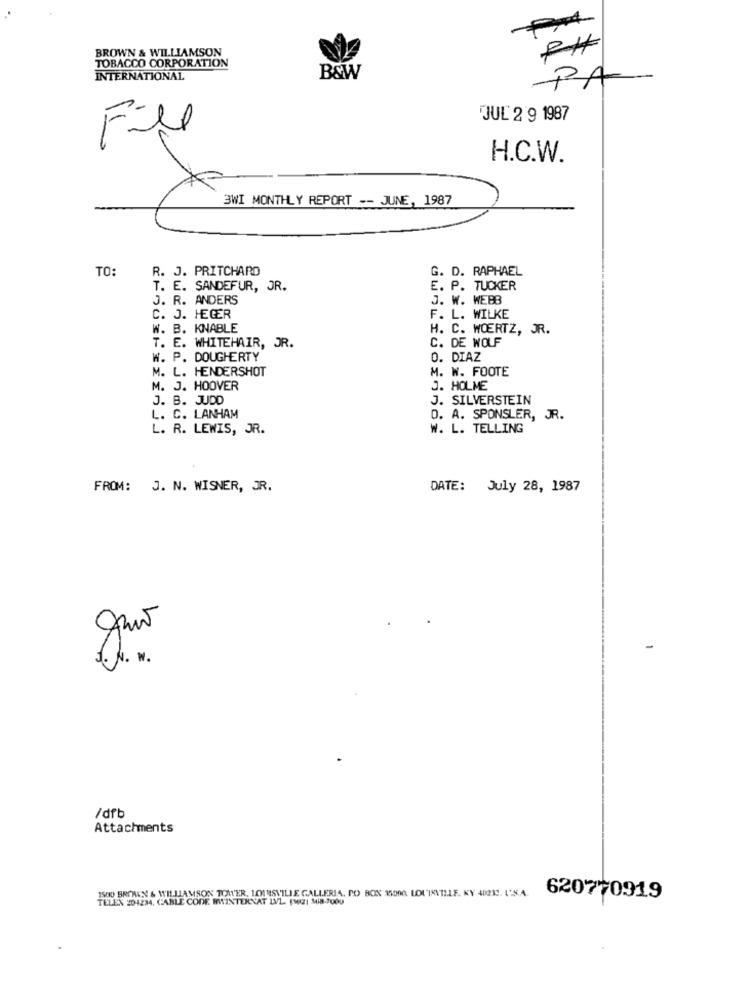
PA
BROWN & WILLIAMSON
TOBACCO CORPORATION
INTERNATIONAL
B&W
PA
JUL 2 9 1987
Fill
H.C.W.
3WI MONTHLY REPORT -- JUNE, 1987
TO:
R. J. PRITCHARD
G. D. RAPHAEL
T. E. SANDEFUR, JR.
E. P. TUCKER
J. R. ANDERS
J. W. WEBB
C. J. HEGER
F. L. WILKE
W. B. KNABLE
H. C. WOERTZ, JR.
C. DE WOLF
T. E. WHITEHAIR, JR.
W. P. DOUGHERTY
O. DIAZ
M. L. HENDERSHOT
M. W. FOOTE
M. J. HOOVER
J. HOLME
J. B. JUDD
J. SILVERSTEIN
L. C. LANHAM
D. A. SPONSLER, JR.
L. R. LEWIS, JR.
W. L. TELLING
FROM: J. N. WISNER, JR.
DATE: July 28, 1987
-
1. H. M.
/dfb
Attachments
ISOO BROMEN & WILLIAMSON TOWER, LOUISVILLE GALLERIA. PO BOX 15000 LOUISVILLE, KY 40239. 1:5.4.
TELEN 201234, CABLE CODE WYINTERNAT LVL. [MIZI Mi8-7000
620770919